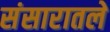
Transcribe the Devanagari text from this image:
संसारातले